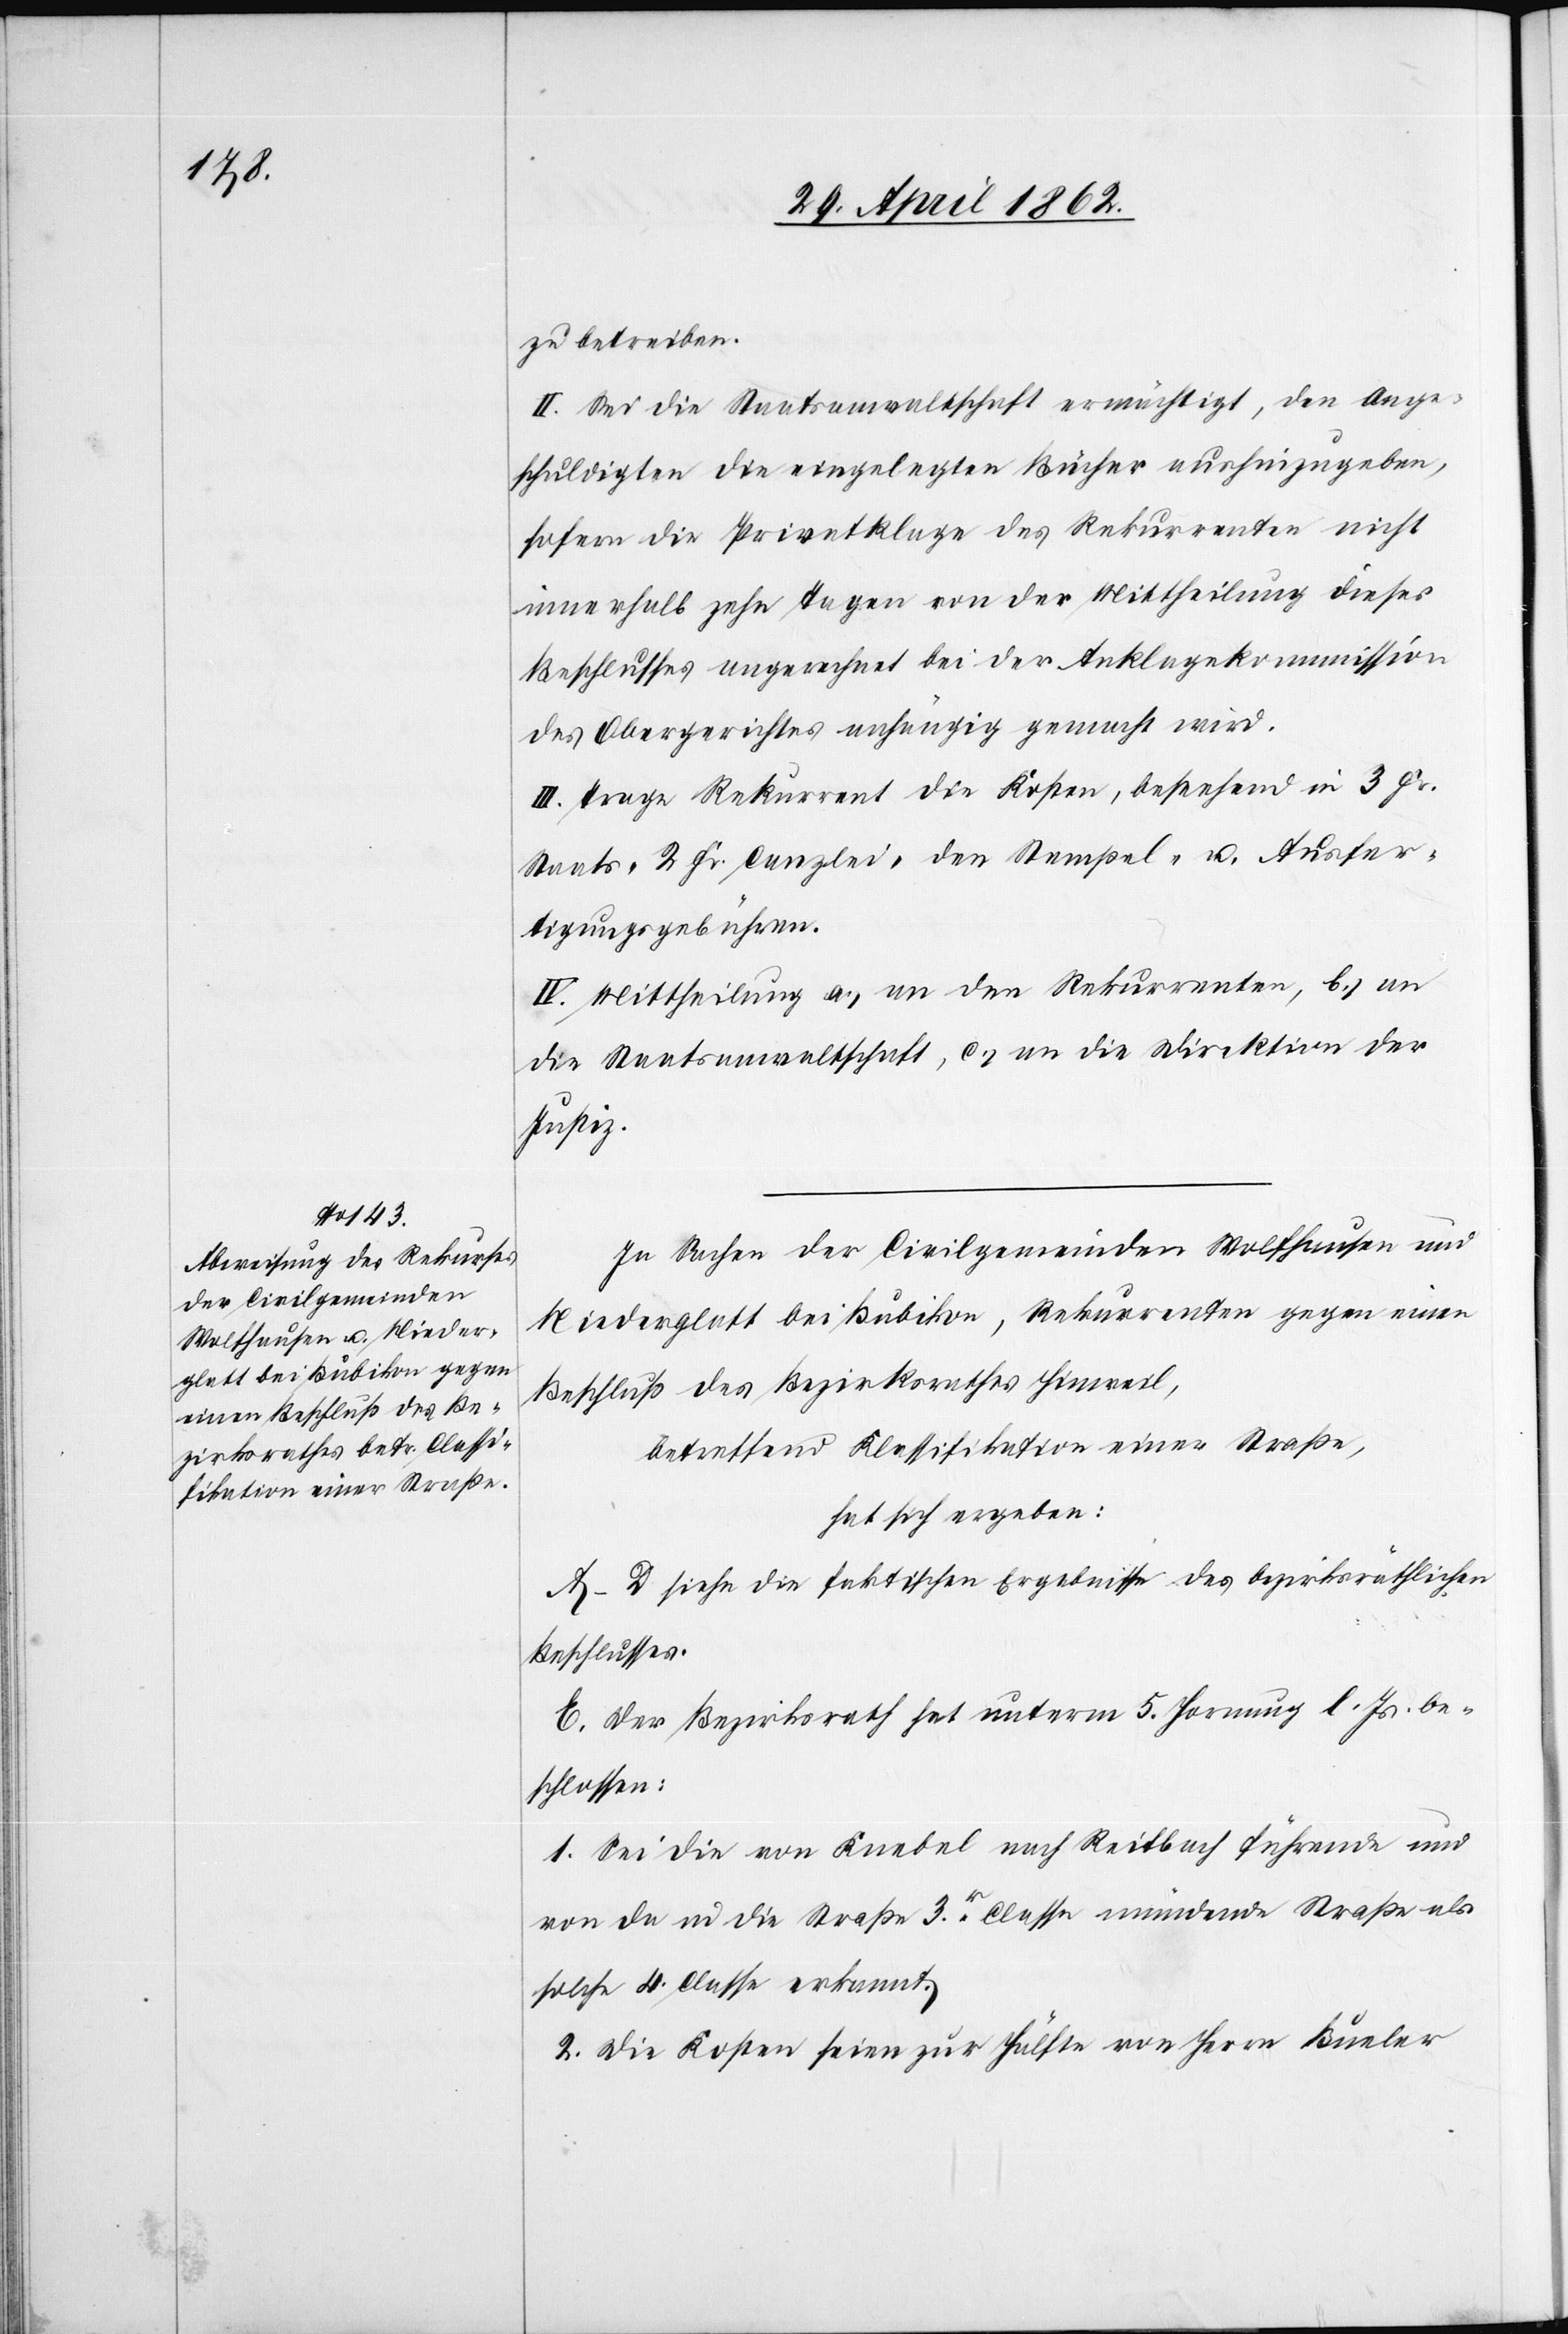
zu betreiben.
II. Sei die Staatsanwaltschaft ermächtigt, den Ange¬
schuldigten die eingelegten Bücher aushinzugeben,
sofern die Privatklage des Rekurrenten nicht
innerhalb zehn Tagen von der Mittheilung dieses
Beschlusses angerechnet bei der Anklagekommission
des Obergerichtes anhängig gemacht wird.
III. Trage Rekurrent die Kosten, bestehend in 3 Fr.
Staats-[,] 2 Fr. Canzlei-[,] den Stempel- u. Ausfer¬
tigungsgebühren.
IV. Mittheilung a) an den Rekurrenten, b) an
die Staatsanwaltschaft, c) an die Direktion der
Justiz.
In Sachen der Civilgemeinden Wolfhausen und
Niederglatt bei Bubikon, Rekurrenten gegen einen
Beschluß des Bezirksrathes Hinweil,
betreffend Klassifikation einer Straße,
hat sich ergeben:
A–D siehe die faktischen Ergebnisse des bezirksräthlichen
Beschlusses.
E. Der Bezirksrath hat unterm 5. Hornung l. Js. be¬
schlossen:
1. Sei die von Knebel nach Reitbach führende und
von da in die Straße 3r. Classe mündende Straße als
solche 4. Classe erkannt.
2. Die Kosten seien zur Hälfte von Herrn Bueler